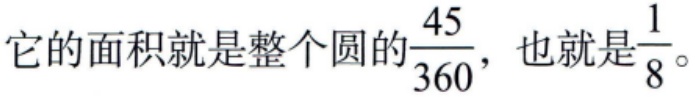
它的面积就是整个圆的$\frac{45}{360}$，也就是$\frac{1}{8}$。